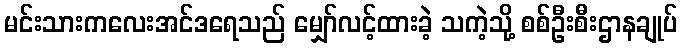
မင်းသားကလေးအင်ဒရေသည် မျှော်လင့်ထားခဲ့ သကဲ့သို့ စစ်ဦးစီးဌာနချုပ်